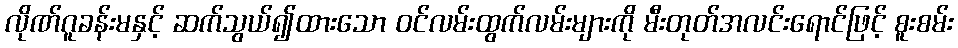
လိုဏ်ဂူခန်းမနှင့် ဆက်သွယ်၍ထားသော ဝင်လမ်းထွက်လမ်းများကို မီးတုတ်အလင်းရောင်ဖြင့် စူးစမ်း